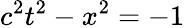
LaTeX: c^{2}t^{2}-x^{2}=-1